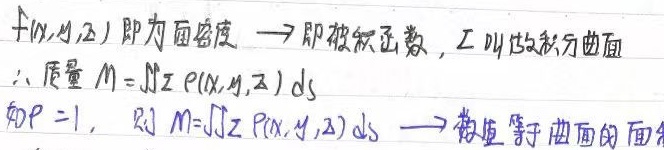
$f(x,y,z)$ 即为面密度，即被积函数，$\varSigma$ 叫做积分曲面。$\therefore$ 质量 $M = \underset{\varSigma}{\iint}\rho(x,y,z)dS$。如 $\rho = 1$，则 $M=\underset{\varSigma}{\iint}\rho(x,y,z)dS$，数值等于曲面的面积。